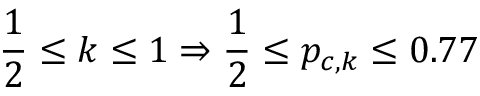
\frac { 1 } { 2 } \leq k \leq 1 \Rightarrow \frac { 1 } { 2 } \leq p _ { c , k } \leq 0 . 7 7